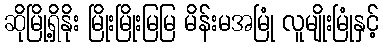
ဆိုမြို့ရှိနိုး မြိုးမြိုးမြမြ မိန်းမအမြုံ လူမျိုးမြုံနှင့်